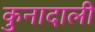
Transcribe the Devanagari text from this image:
कुनादाली